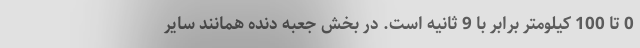
0 تا 100 کیلومتر برابر با 9 ثانیه است. در بخش جعبه دنده همانند سایر